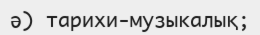
ә) тарихи-музыкалық;